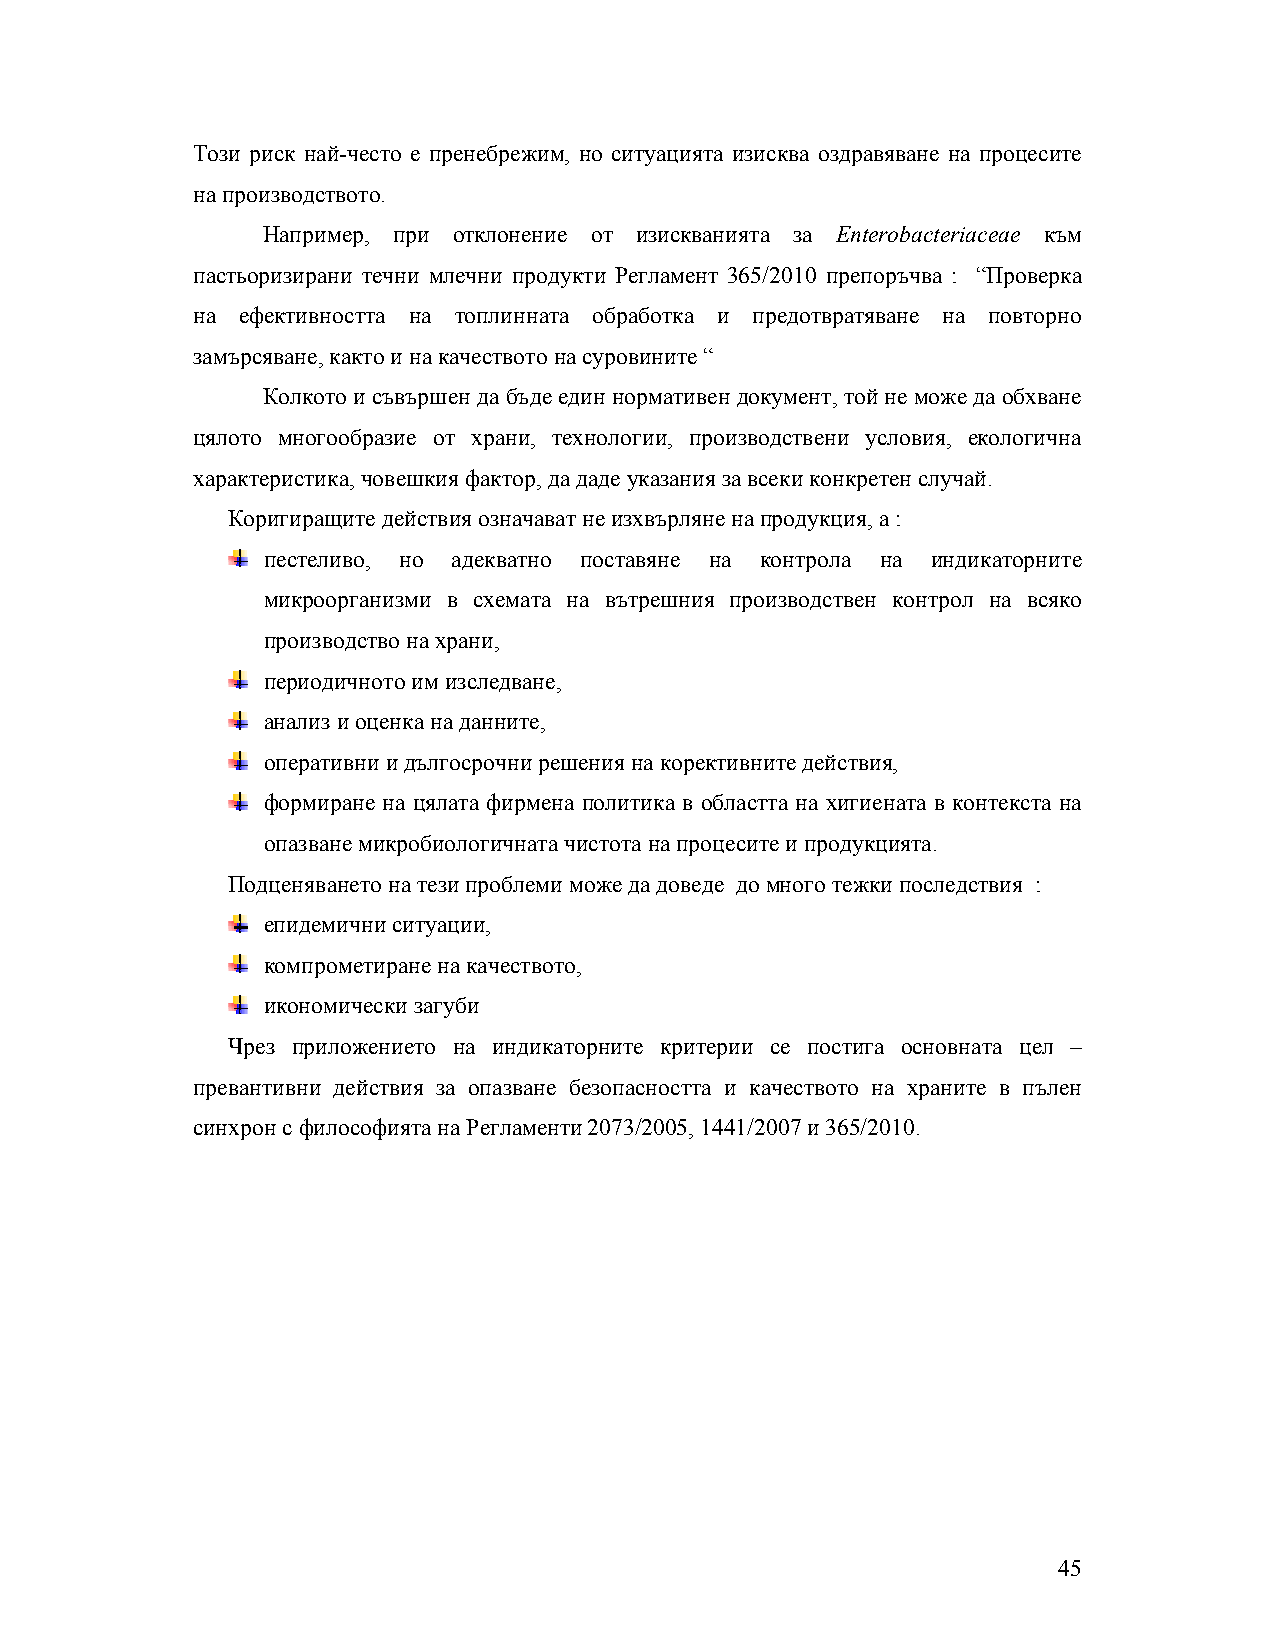
Този риск най-често е пренебрежим, но ситуацията изисква оздравяване на процесите
 на производството.
 Например, при отклонение от изискванията за Enterobacteriaceae към
 пастьоризирани течни млечни продукти Регламент 365/2010 препоръчва : “Проверка
 на ефективността на топлинната обработка и предотвратяване на повторно
 замърсяване, както и на качеството на суровините “
 Колкото и съвършен да бъде един нормативен документ, той не може да обхване
 цялото многообразие от храни, технологии, производствени условия, екологична
 характеристика, човешкия фактор, да даде указания за всеки конкретен случай.
 Коригиращите действия означават не изхвърляне на продукция, а :
 пестеливо, но адекватно поставяне на контрола на индикаторните
 микроорганизми в схемата на вътрешния производствен контрол на всяко
 производство на храни,
 периодичното им изследване,
 анализ и оценка на данните,
 оперативни и дългосрочни решения на корективните действия,
 формиране на цялата фирмена политика в областта на хигиената в контекста на
 опазване микробиологичната чистота на процесите и продукцията.
 Подценяването на тези проблеми може да доведе до много тежки последствия :
 епидемични ситуации,
 компрометиране на качеството,
 икономически загуби
 Чрез приложението на индикаторните критерии се постига основната цел –
 превантивни действия за опазване безопасността и качеството на храните в пълен
 синхрон с философията на Регламенти 2073/2005, 1441/2007 и 365/2010.
 45